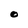
Character: O